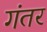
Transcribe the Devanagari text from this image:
गंतर